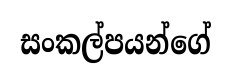
සංකල්පයන්ගේ